Vital statistics of India. Vol. V, Reports of 1876 on armies & jails and on epidemic cholera
Year: 1876
Disease focus: Cholera
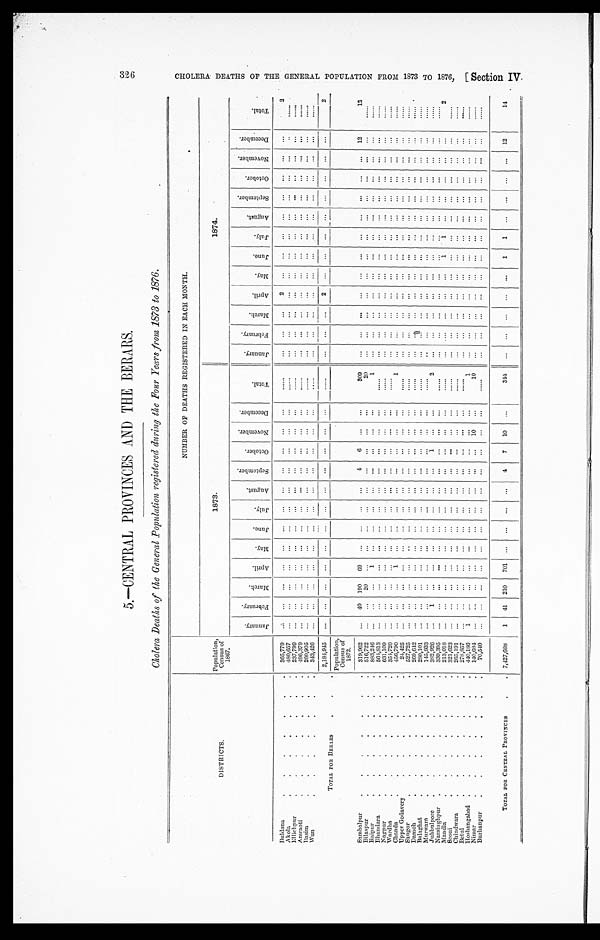
5.—CENTRAL PROVINCES AND THE BERARS.
Cholera Deaths of the General Population registered during the Four Years from 1873 to 1876.
D I S T R I C T S .
Population, Census of
1867.
NUMBER OF DEATHS REGISTERED IN EACH MONTH.
1873.
1874.
J a n u a r y .
F e b r u a r y . M a r c h . A p r i l .
M a y . J u n e .
J u l y .
A u g u s t . S e p t e m b e r . O c t o b e r . N o v e m b e r . D e c e m b e r .
T o t a l .
J a n u a r y .
F e b r u a r y . M a r c h .
A p r i l . M a y . J u n e .
J u l y . A u g u s t .
S e p t e m b e r .
O c t o b e r . N o v e m b e r .
D e c e m b e r .
T o t a l .
Buldana
365,779
2
2
Akola
4 8 0 , 6 5 7
Ellichpur
237,799
Amraoti
496,379
Basim
260,905
Wun
343,426 2 , 1 8 4 , 9 4 5
2
2
TOTAL FOR BERARS. Population, Census of
1872.
Sambalpur. 319,962
40 190 69
4
6
309
12
13
Bilaspur
516,722
20
20
Raipur
883,246
1
1
Bhandara
564,813
Nagpur
631,109
Wardha
3 5 4 , 7 2 0
Chanda. 456,790
1
1
Upper Godavery
2 4 , 4 2 5
Saugor
527,725
Damoh
269,642
Balaghat
2 8 0 , 1 0 1
Murwara
145,933
Jubbulpore
382,926
1
1
2
Narsinghpur
3 3 9 , 3 9 5
Mandla
213,018
1 1
2
Seoni
321,623
Chindwara
2 6 5 , 1 9 1
Betul
278,857
Hoshangabad
440,186 1
1
N i m a r
140,684
10
10
Burhanpur
TOTAL FOR CENTRAL PROVINCES 7,427,608 1 41 210 71
4 7 10
344
1
1
12
14
326326